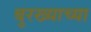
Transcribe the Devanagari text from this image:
बुरख्याच्या